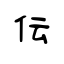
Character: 伝